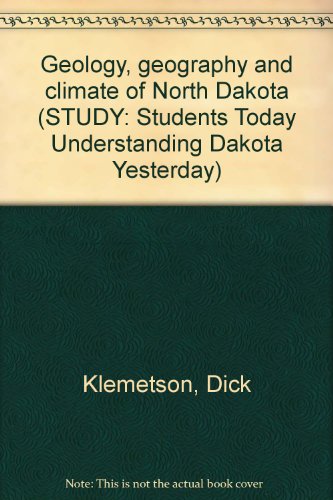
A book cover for Geology, geography and climate of North Dakota (STUDY: Students Today Understanding Dakota Yesterday); Dick Klemetson; Travel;